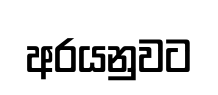
අරයනුවට